Report on the bubonic plague in Bombay, 1896-1897
Year: 1896
Disease focus: Plague
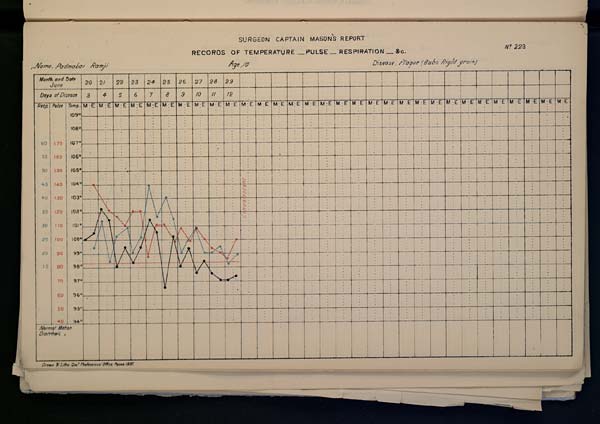
SURGEON
CAPTAIN
MASON'S
REPORT
RECORDS OF TEMPERATURE __ PULSE __ RESPIRATION __ &c. No. 223
Name,
Padmabai
Ramji
Age,
10
Disease,
Plague
(Bubo
Right
groin
)
Drawn & Litho: Govt. Photozinco: Office, Poona 1897.